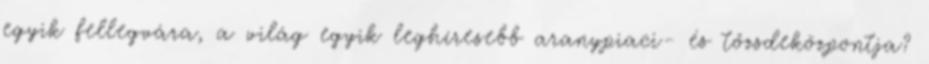
egyik fellegvára, a világ egyik leghíresebb aranypiaci- és tőzsdeközpontja?